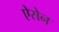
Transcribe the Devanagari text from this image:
ऐसेन